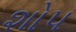
શોપ